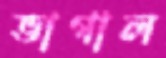
ভাগাল